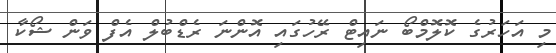
މި އަހަރުގެ ކޮލޮމްބޯ ނައިޓް ރޭހުގައި އޮންނަ ރެޑްބުލް އެފް ވަން ޝޯކާ